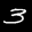
Label: 3